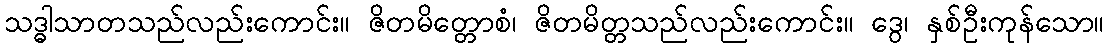
သဒ္ဓါသာတသည်လည်းကောင်း။ ဇိတမိတ္တောစံ၊ ဇိတမိတ္တသည်လည်းကောင်း။ ဒွေ၊ နှစ်ဦးကုန်သော။